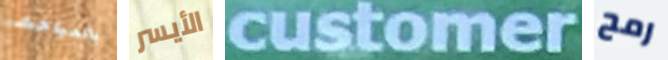
بالمباحث الأيسر customer رمح